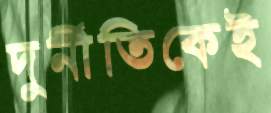
দুর্নীতিকেই